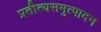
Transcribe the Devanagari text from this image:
प्रतीत्यसमुत्पादन